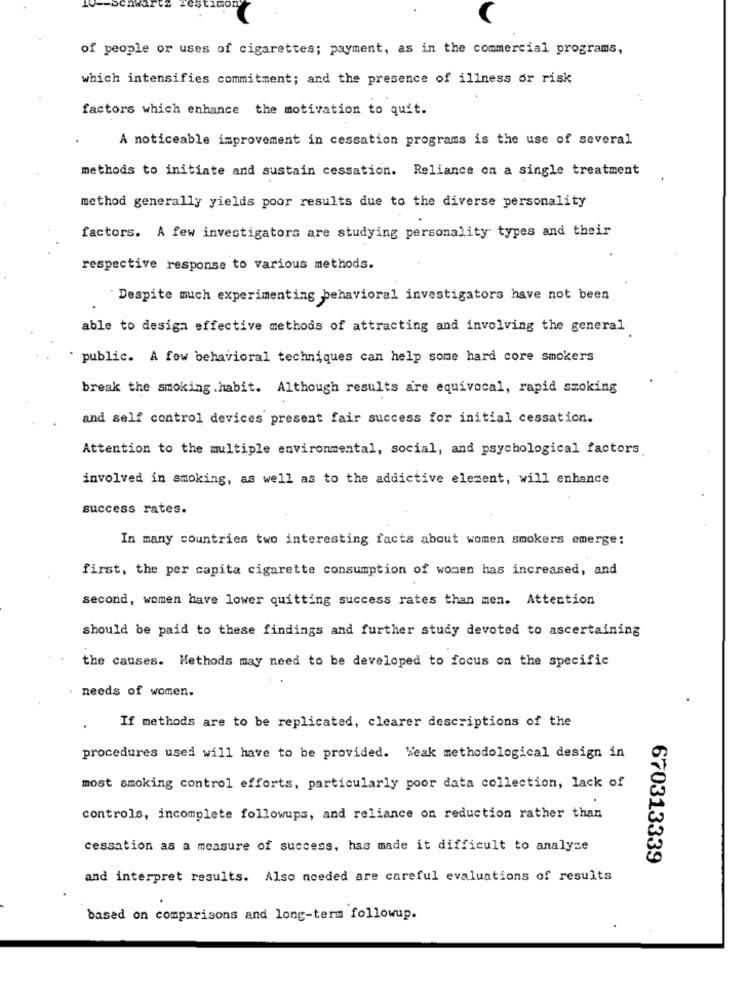
of people or uses of cigarettes; payment, as in the commercial programs,
which intensifies commitment; and the presence of illness or risk
factors which enhance the motivation to quit.
A noticeable improvement in cessation programs is the use of several
methods to initiate and sustain cessation. Reliance on a single treatment
method generally yields poor results due to the diverse personality
factors. A few investigators are studying personality types and their
respective response to various methods.
Despite much experimenting behavioral investigators have not been
able to desiga effective methods of attracting and involving the general
public. A few behavioral techniques can help some hard core smokers
break the smoking .habit. Although results are equivocal, rapid smoking
and self control devices present fair success for initial cessation.
Attention to the multiple environmental, social, and psychological factors
involved in smoking, as well as to the addictive element, will enhance
success rates.
In many countries two interesting facts about women smokers emerge:
first, the per capita cigarette consumption of women has increased, and
second, women have lower quitting success rates than men. Attention
should be paid to these findings and further study devoted to ascertaining
the causes. Methods may need to be developed to focus on the specific
. needs of women.
.
If methods are to be replicated, clearer descriptions of the
procedures used will have to be provided. Weak methodological design in
most smoking control efforts, particularly poor data collection, lack of
controls, incomplete followups, and reliance on reduction rather than
cessation as a measure of success, has made it difficult to analyze
670313339
and interpret results. Also needed are careful evaluations of results
based on comparisons and long-term followup.